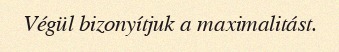
Végül bizonyítjuk a maximalitást.